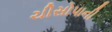
ચીસોપાની